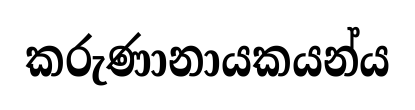
කරුණානායකයන්ය